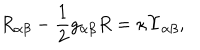
R _ { \alpha \beta } - \frac { 1 } { 2 } g _ { \alpha \beta } R = \kappa \Upsilon _ { \alpha \beta } ,